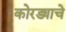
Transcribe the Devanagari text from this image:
कोरड्याचे